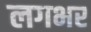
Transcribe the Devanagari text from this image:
लगभर